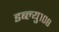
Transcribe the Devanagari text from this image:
डब्ल्यु१०८